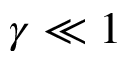
\gamma \ll 1